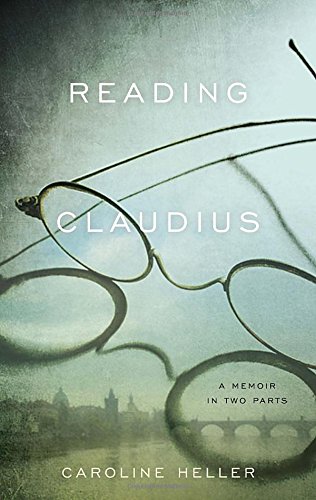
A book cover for Reading Claudius: A Memoir in Two Parts; Caroline Heller; Biographies & Memoirs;